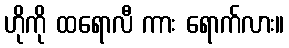
ဟိုကို ထရောလီ ကား ရောက်လား။